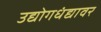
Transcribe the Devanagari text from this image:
उद्योगधंद्यावर